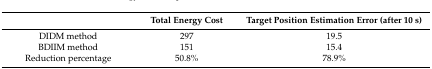
|  | Total Energy Cost | Target Position Estimation Error (after 10 s) |
 | --- | --- | --- |
 | DIDM method | 297 | 19.5 |
 | BDIIM method | 151 | 15.4 |
 | Reduction percentage | 50.8% | 78.9% |